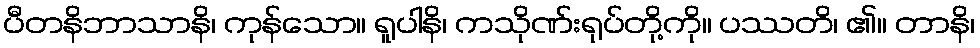
ပီတနိဘာသာနိ၊ ကုန်သော။ ရူပါနိ၊ ကသိုဏ်းရုပ်တို့ကို။ ပဿတိ၊ ၏။ တာနိ၊